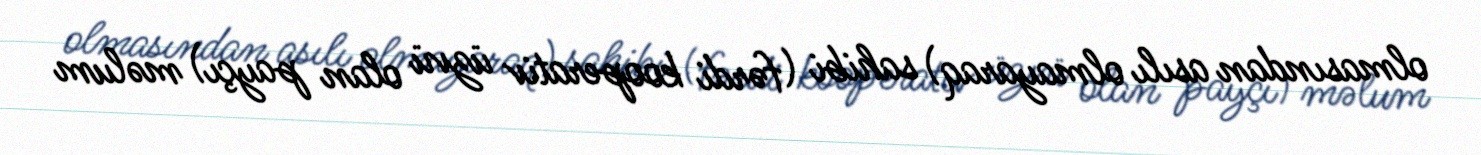
olmasından asılı olmayaraq) sahibi (fərdi kooperativ üzvü olan payçı) məlum